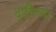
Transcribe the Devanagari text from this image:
दृष्टीच्या